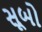
સૂબો